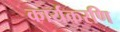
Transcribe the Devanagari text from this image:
कार्यकरणि